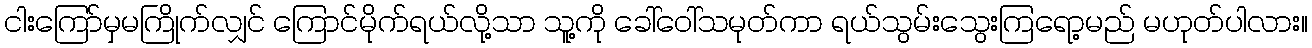
ငါးကြော်မှမကြိုက်လျှင် ကြောင်မိုက်ရယ်လို့သာ သူ့ကို ခေါ်ဝေါ်သမုတ်ကာ ရယ်သွမ်းသွေးကြရော့မည် မဟုတ်ပါလား။